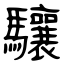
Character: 驤